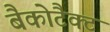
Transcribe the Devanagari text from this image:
बैकोटैक्ट